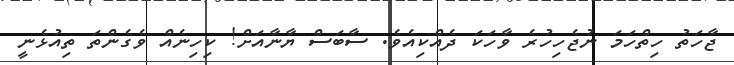
ޖާހަތު ހިތްހަމަ ނުޖެހިހުރެ ވާހަކަ ދެއްކިއެވެ. ސާބަސް ޔާނާއަށް! ކިހިނެއް ވެގެންތަ ތިއުޅެނީ